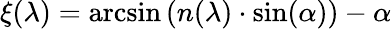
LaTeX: \xi(\lambda)=\arcsin\left(n(\lambda)\cdot\sin(\alpha)\right)-\alpha